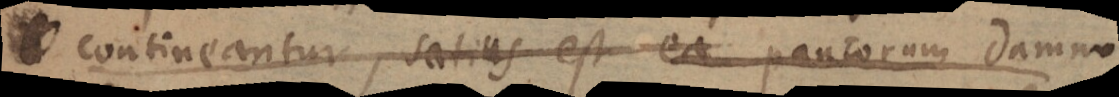
contineantur, satius est ea paucorum damno